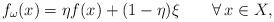
LaTeX: \begin{align*}f_{\omega}(x)=\eta f(x) + (1-\eta)\xi\qquad\forall\, x\in X,\end{align*}